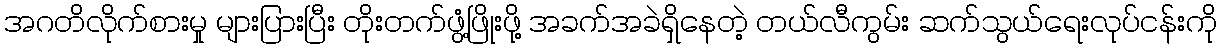
အဂတိလိုက်စားမှု များပြားပြီး တိုးတက်ဖွံ့ဖြိုးဖို့ အခက်အခဲရှိနေတဲ့ တယ်လီကွမ်း ဆက်သွယ်ရေးလုပ်ငန်းကို